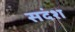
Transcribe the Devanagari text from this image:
सदंश